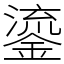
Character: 鎏